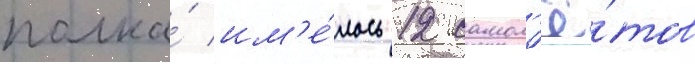
полка́ им'е́лось 12 самол'ё́тов